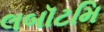
લબૉટમિ